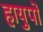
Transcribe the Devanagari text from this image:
हायुपो